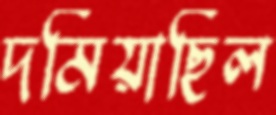
দমিয়াছিল